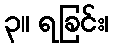
၃။ ရခြင်း၊